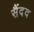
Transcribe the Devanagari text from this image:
सैंदद